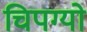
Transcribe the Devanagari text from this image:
चिपग्यो